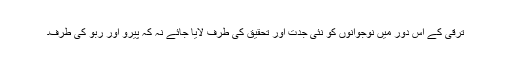
ترقی کے اس دور میں نوجوانوں کو نئی جدت اور تحقیق کی طرف لایا جائے نہ کہ پیرو اور ربو کی طرف۔